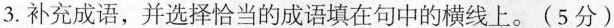
3.补充成语，并选择恰当的成语填在句中的横线上。(5分)